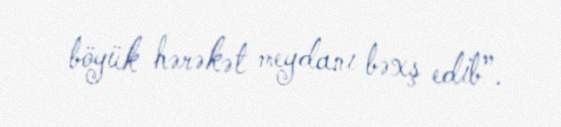
böyük hərəkət meydanı bəxş edib”.